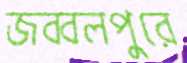
জব্বলপুরে